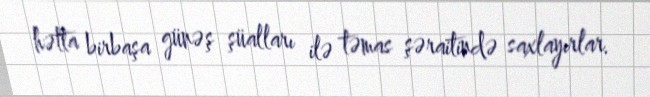
hətta birbaşa günəş şüalları ilə təmas şəraitində saxlayırlar.